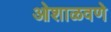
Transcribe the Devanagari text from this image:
ओशाळवणे